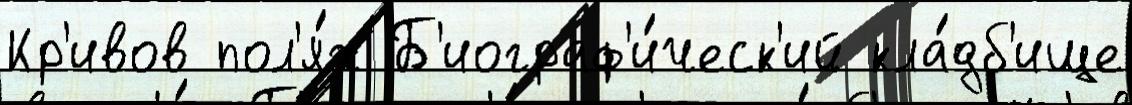
Кр'ивов пол'я́х Б'иограф'и́ческ'ий кла́дб'ище